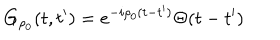
G _ { \rho _ { 0 } } ( t , t ^ { \prime } ) = e ^ { - i { \rho _ { 0 } } ( t - t ^ { \prime } ) } \Theta ( t - t ^ { \prime } )